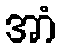
အာံ